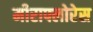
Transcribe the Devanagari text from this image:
मीराफ्लोरेस